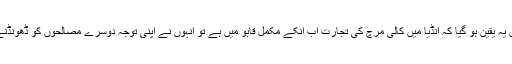
ایک مرتبہ جب انہیں یہ یقین ہو گیا کہ انڈیا میں کالی مرچ کی تجارت اب انکے مکمل قابو میں ہے تو انہوں نے اپنی توجہ دوسرے مصالحوں کو ڈھونڈنے کی طرف کر دی۔